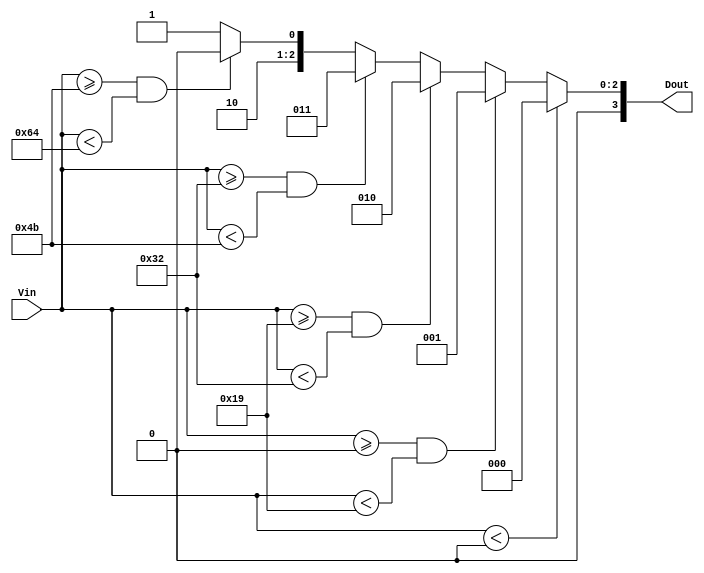
module thermal_encoder (
    input [7:0] Vin,   // 8-bit input representing the analog temperature signal
    output reg [3:0] Dout // 4-bit output for temperature range encoding
);

// Thresholds in 8-bit representation (assuming 1C resolution)
parameter T0 = 8'd0;   // 0C
parameter T1 = 8'd25;  // 25C
parameter T2 = 8'd50;  // 50C
parameter T3 = 8'd75;  // 75C
parameter T4 = 8'd100; // 100C

always @* begin
    // Default to an invalid output (below range)
    Dout = 4'b0000;

    // Compare the input Vin with the thresholds
    if (Vin < T0) begin
        Dout = 4'b0000; // Below range
    end else if (Vin >= T0 && Vin < T1) begin
        Dout = 4'b0001; // 0C  Vin < 25C
    end else if (Vin >= T1 && Vin < T2) begin
        Dout = 4'b0010; // 25C  Vin < 50C
    end else if (Vin >= T2 && Vin < T3) begin
        Dout = 4'b0011; // 50C  Vin < 75C
    end else if (Vin >= T3 && Vin < T4) begin
        Dout = 4'b0100; // 75C  Vin < 100C
    end else begin
        Dout = 4'b0101; // Vin  100C (above range)
    end
end

endmodule